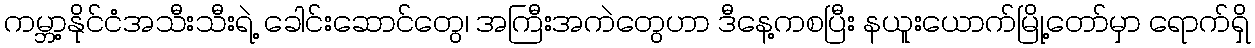
ကမ္ဘာ့နိုင်ငံအသီးသီးရဲ့ ခေါင်းဆောင်တွေ၊ အကြီးအကဲတွေဟာ ဒီနေ့ကစပြီး နယူးယောက်မြို့တော်မှာ ရောက်ရှိ